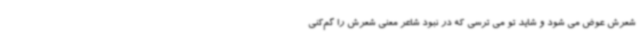
شعرش عوض می شود و شاید تو می ترسی که در نبود شاعر معنی شعرش را گم‌کنی